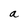
Character: a